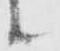
候